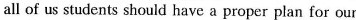
all of us students should have a proper plan for our